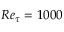
R e _ { \tau } = 1 0 0 0